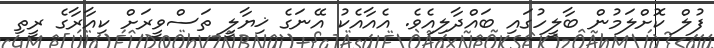
ފުލް ކޮށްލަމުން ބާލީހުގައި ބައްދާލިއެވެ. އެއާއެކު އޭނަގެ ޚިޔާލީ ތަސްވީރަށް ކިއާރާގެ ރީތި